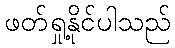
ဖတ်ရှု့နိုင်ပါသည်